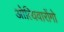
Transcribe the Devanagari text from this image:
ओत्यिवारोंगो